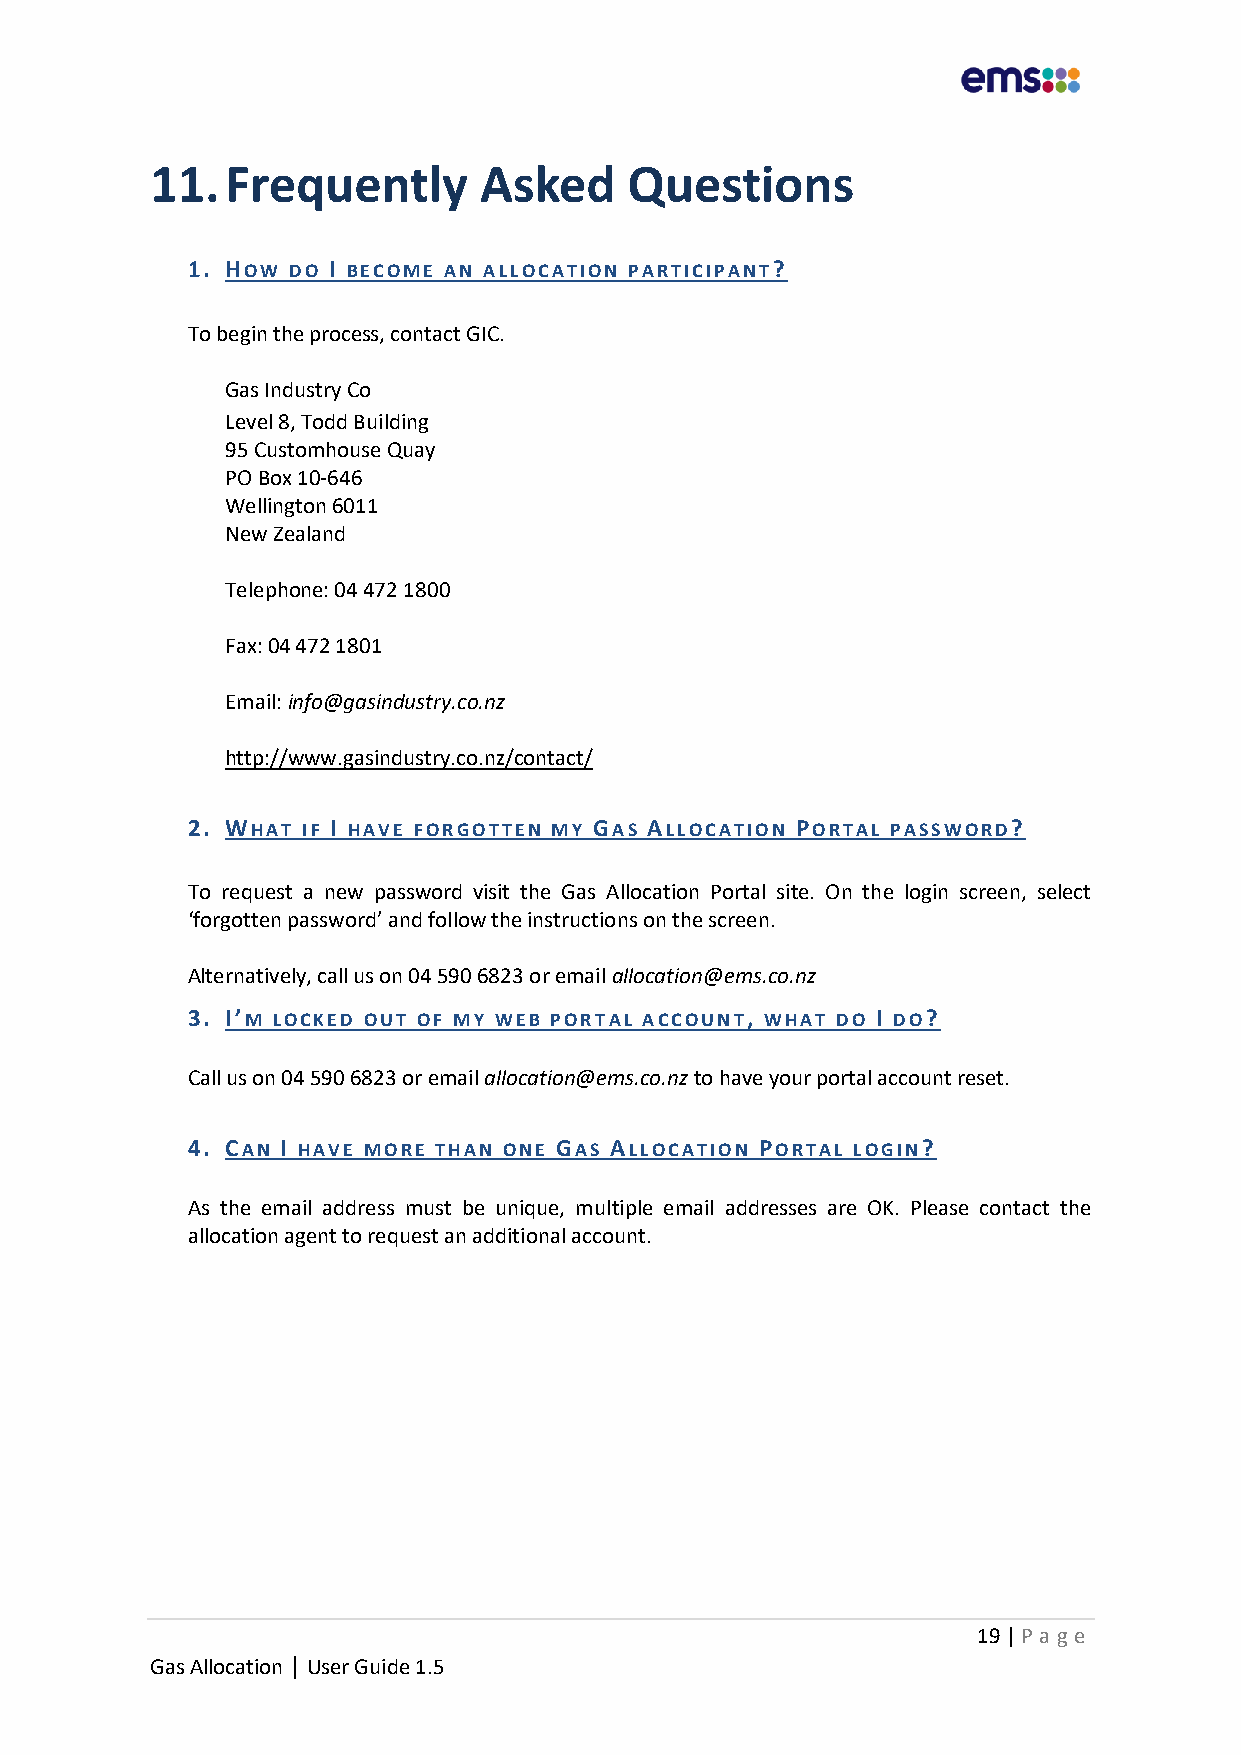
11.  Frequently       Asked     Questions
 1. HOW DO I BECOME AN ALLOCATION PARTICIPANT?
 To begin the process, contact GIC.
 Gas Industry Co
 Level 8, Todd Building
 95 Customhouse Quay
 PO Box 10-646
 Wellington 6011
 New Zealand
 Telephone: 04 472 1800
 Fax: 04 472 1801
 Email: info@gasindustry.co.nz
 http://www.gasindustry.co.nz/contact/
 2. WHAT IF I HAVE FORGOTTEN MY GAS ALLOCATION PORTAL PASSWORD?
 To request a new password visit the Gas Allocation Portal site. On the login screen, select
 ‘forgotten password’ and follow the instructions on the screen.
 Alternatively, call us on 04 590 6823 or email allocation@ems.co.nz
 3. I’M LOCKED OUT OF MY WEB PORTAL ACCOUNT, WHAT DO I DO?
 Call us on 04 590 6823 or email allocation@ems.co.nz to have your portal account reset.
 4. CAN I HAVE MORE THAN ONE GAS ALLOCATION PORTAL LOGIN?
 As the email address must be unique, multiple email addresses are OK. Please contact the
 allocation agent to request an additional account.
 19 | P age
 Gas Allocation | User Guide 1.5